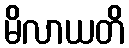
မိလာယတိ